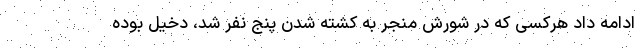
ادامه داد هرکسی که در شورش منجر به کشته شدن پنج نفر شد، دخیل بوده